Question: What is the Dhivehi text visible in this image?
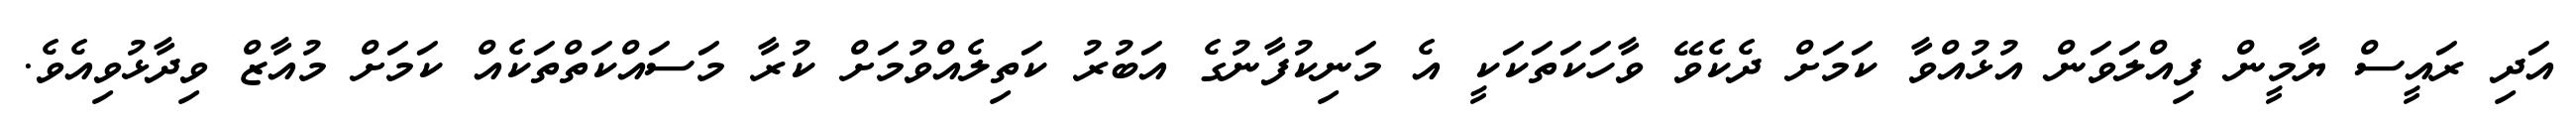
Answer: އަދި ރައީސް ޔާމީން ފިއްލަވަން އުޅުއްވާ ކަމަށް ދެކެވޭ ވާހަކަތަކަކީ އެ މަނިކުފާނުގެ އަބުރު ކަތިލެއްވުމަށް ކުރާ މަސައްކަތްތަކެއް ކަމަށް މުއާޒް ވިދާޅުވިއެވެ.